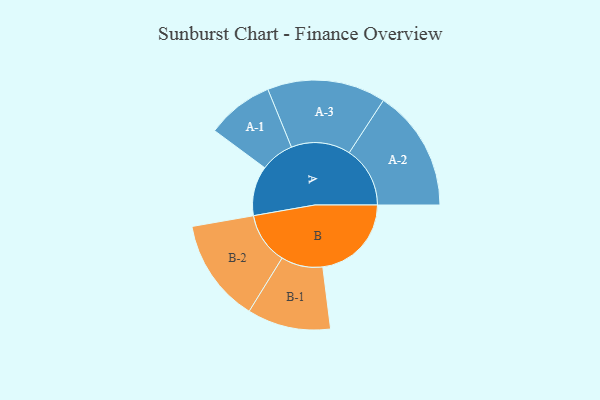
{"axis": {"x": "Segment", "y": "Value"}, "legend": ["", "A", "B"], "data": [{"x": "A", "y": 218, "type": ""}, {"x": "B", "y": 389, "type": ""}, {"x": "A-1", "y": 147, "type": "A"}, {"x": "A-2", "y": 267, "type": "A"}, {"x": "A-3", "y": 260, "type": "A"}, {"x": "B-1", "y": 183, "type": "B"}, {"x": "B-2", "y": 227, "type": "B"}]}